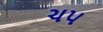
ચપ